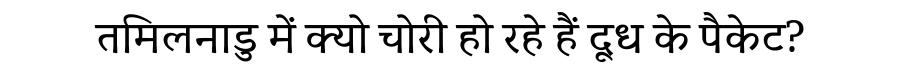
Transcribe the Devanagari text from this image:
तमिलनाडु में क्यो चोरी हो रहे हैं दूध के पैकेट?